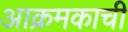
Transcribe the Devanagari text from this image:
आक्रमकाची